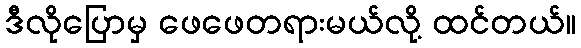
ဒီလိုပြောမှ ဖေဖေတရားမယ်လို့ ထင်တယ်။